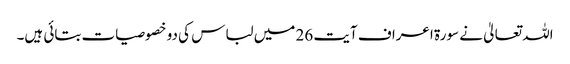
اللہ تعالیٰ نے سورۃ اعراف آیت 26 میں لباس کی دو خصوصیات بتائی ہیں۔